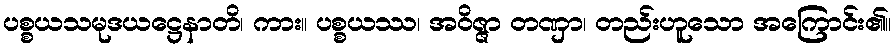
ပစ္စယသမုဒယဋ္ဌေနာတိ၊ ကား။ ပစ္စယဿ၊ အဝိဇ္ဇာ တဏှာ၊ တည်းဟူသော အကြောင်း၏။